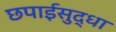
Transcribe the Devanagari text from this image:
छपाईसुद्धा